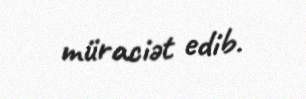
müraciət edib.